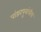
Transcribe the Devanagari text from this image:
पांडवपुत्रांचीच